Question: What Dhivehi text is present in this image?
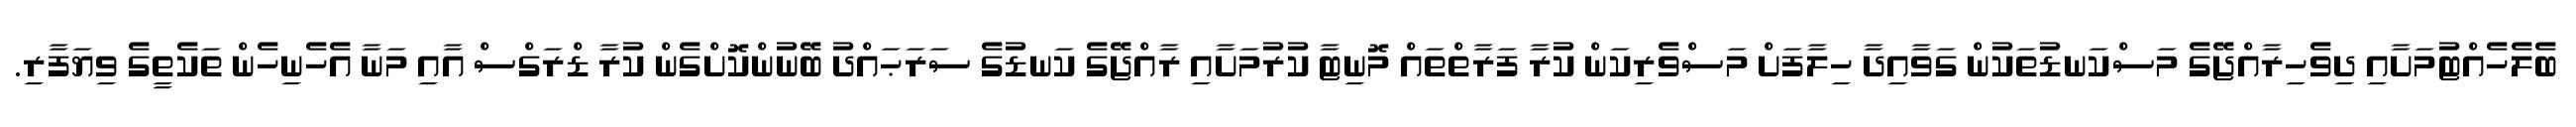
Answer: ބެލެހެއްޓުމަށާއި ދިވެހިރާއްޖޭގެ މަސްކަނޑުތަކުން ގަވާއިދާ ހިލާފަށް މަސްވެރިކަން ކުރާ ފަރާތްތައް މޮނިޓާ ކުރުމަށާއި ރާއްޖޭގެ ކަނޑުގެ ސަރަޙައްދު ބޭނުންކޮށްގެން ކުރާ ޑްރަގްސް އާއި މަނާ އެހެނިހެން ތަކެތީގެ ވިޔަފާރި.